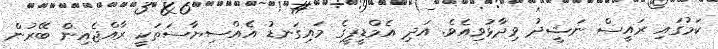
ކަމުގައި ރައީސް ނަޝީދު ވިދާޅުވިއެވެ. އަދި އެމްޑީޕީގެ މައިގަނޑު އެއްސިޔާސަތަކީ ރާއްޖެއިން ބޭރުން